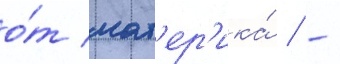
о́т мат'ер'ика́ / -